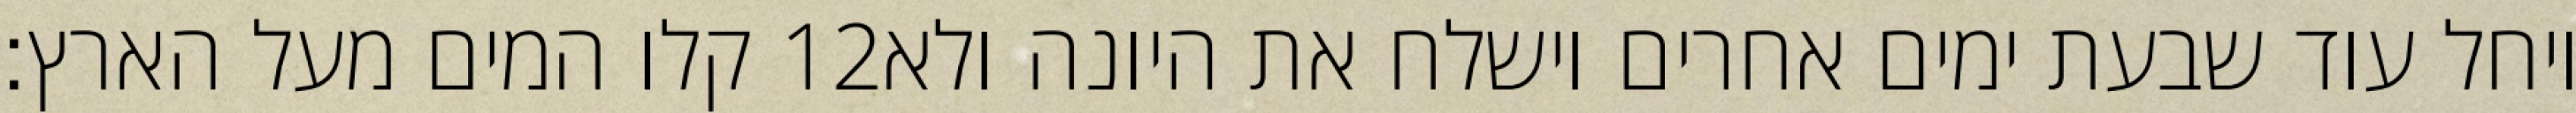
קלו המים מעל הארץ׃ ‎12‏ ויחל עוד שבעת ימים אחרים וישלח את היונה ולא